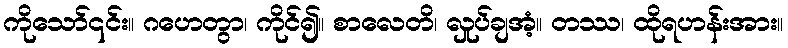
ကိုသော်၎င်း။ ဂဟေတွာ၊ ကိုင်၍။ စာလေတိ၊ လှုပ်ချအံ့။ တဿ၊ ထိုရဟန်းအား။